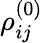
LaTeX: \rho_{ij}^{(0)}